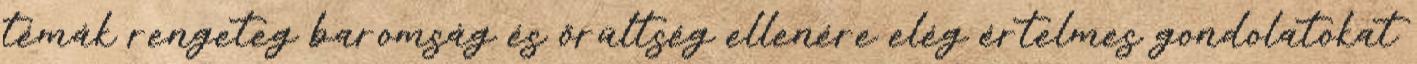
témák rengeteg baromság és őrültség ellenére elég értelmes gondolatokat